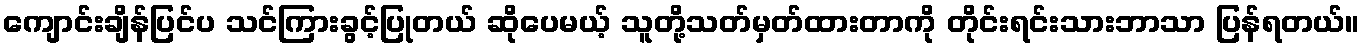
ကျောင်းချိန်ပြင်ပ သင်ကြားခွင့်ပြုတယ် ဆိုပေမယ့် သူတို့သတ်မှတ်ထားတာကို တိုင်းရင်းသားဘာသာ ပြန်ရတယ်။